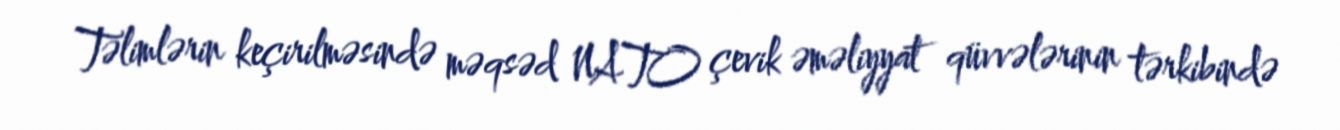
Təlimlərin keçirilməsində məqsəd NATO çevik əməliyyat qüvvələrinin tərkibində